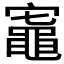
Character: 𬹟